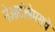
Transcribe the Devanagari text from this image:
नेओटोलेमसचे